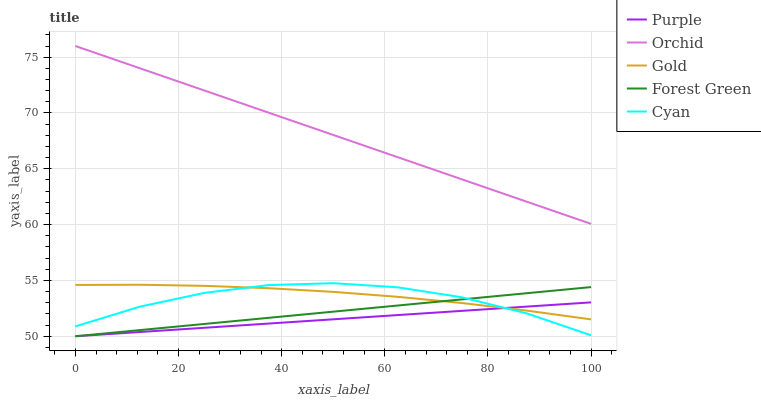
| xaxis_label | Purple | Orchid | Gold | Forest Green | Cyan |
 | --- | --- | --- | --- | --- | --- |
 | 0 | 50 | 76 | 54.6 | 50 | 50.9 |
 | 12.5 | 50.4 | 74 | 54.6 | 50.6 | 52.6 |
 | 25 | 50.8 | 72 | 54.5 | 51.1 | 53.9 |
 | 37.5 | 51.1 | 70 | 54.3 | 51.7 | 54.6 |
 | 50 | 51.5 | 68 | 54 | 52.2 | 54.8 |
 | 62.5 | 51.9 | 66 | 53.5 | 52.8 | 54.4 |
 | 75 | 52.3 | 64 | 53 | 53.3 | 53.5 |
 | 87.5 | 52.7 | 62.1 | 52.3 | 53.9 | 52.1 |
 | 100 | 53 | 60.1 | 51.5 | 54.4 | 50.1 |